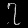
Digit: ၇